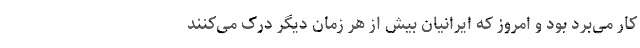
کار می‌برد بود و امروز که ایرانیان بیش از هر زمان دیگر درک می‌کنند